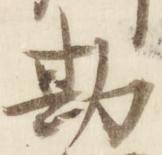
勘